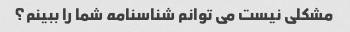
مشکلی نیست می توانم شناسنامه شما را ببینم؟